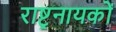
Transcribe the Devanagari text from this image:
राष्ट्रनायकों